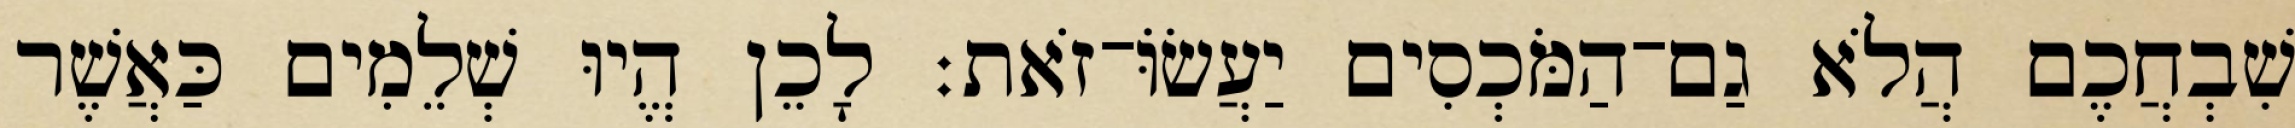
שִׁבְחֲכֶם הֲלֹא גַם־הַמֹּכְסִים יַעֲשׂוֹּ־זֹאת׃ לָכֵן הֱיוּ שְׁלֵמִים כַּאֲשֶׁר